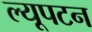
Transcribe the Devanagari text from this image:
ल्यूपटन